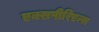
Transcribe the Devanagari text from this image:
एक्सपीरिएन्स